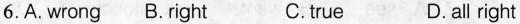
6.A. wrong B. right C.true D.all right